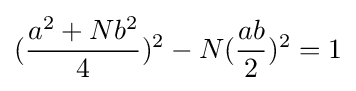
({\frac {a^{2}+Nb^{2}}{4}})^{2}-N({\frac {ab}{2}})^{2}=1